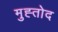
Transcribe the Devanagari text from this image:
मुह्तोद